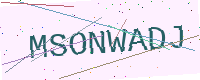
Text: MSONWADJ